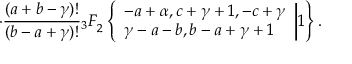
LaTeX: \cdot \frac { ( a + b - \gamma ) ! } { ( b - a + \gamma ) ! } { _ 3 F } _ { 2 } \left\{ \begin{array} { l } { { - a + \alpha , c + \gamma + 1 , - c + \gamma } } \\ { { \gamma - a - b , b - a + \gamma + 1 } } \end{array} \biggr | 1 \right\} .